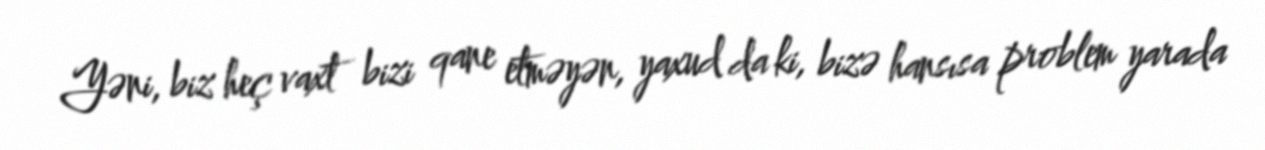
Yəni, biz heç vaxt bizi qane etməyən, yaxud da ki, bizə hansısa problem yarada